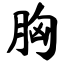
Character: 胸